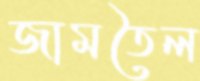
জামতৈল